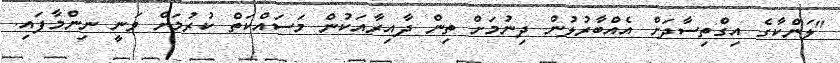
"ލަންކާގެ އިގްތިސާދަށް އެއްބާރުލުން ދިނުމަށް ތިން ދާއިރާއަކުން މަސައްކަތް ކުރުމަށް ވަނީ ނިންމާފައި.